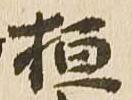
桓